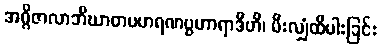
အဂ္ဂိဇာလာဘိဃာတပဟရဏပ္ပဟာရာဒီဟိ၊ မီးလျှံထိပါးခြင်း